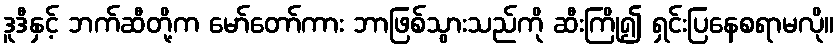
ဒူဒီနှင့် ဘက်ဆီတို့က မော်တော်ကား ဘာဖြစ်သွားသည်ကို ဆီးကြို၍ ရှင်းပြနေစရာမလို။